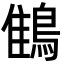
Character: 䳡